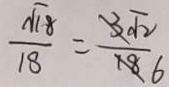
\frac { \sqrt { 1 8 } } { 1 8 } = \frac { 3 \sqrt { 2 } } { 1 8 }